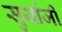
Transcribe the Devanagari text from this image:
सुर्याजी